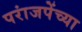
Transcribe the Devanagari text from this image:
परांजपेंच्या